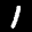
Label: 1